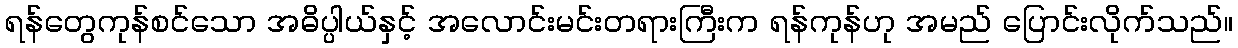
ရန်တွေကုန်စင်သော အဓိပ္ပါယ်နှင့် အလောင်းမင်းတရားကြီးက ရန်ကုန်ဟု အမည် ပြောင်းလိုက်သည်။